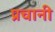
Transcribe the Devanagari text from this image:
प्रचानी